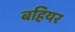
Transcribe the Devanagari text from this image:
बहियर